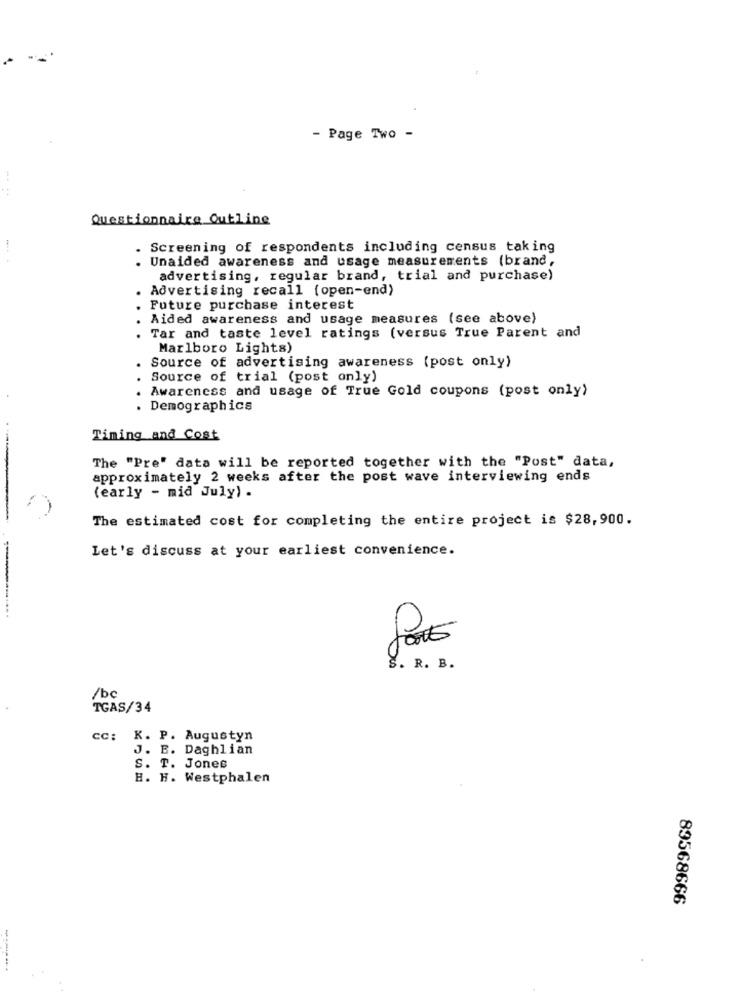
- Page Two -
Questionnaire Outline
Screening of respondents including census taking
. Unaided awareness and usage measurements (brand,
advertising, regular brand, trial and purchase)
Advertising recall (open-end)
Future purchase interest
Aided awareness and usage measures (see above)
Tar and taste level ratings (versus True Parent and
Marlboro Lights)
Source of advertising awareness (post only)
Source of trial (post only)
Awareness and usage of True Gold coupons (post only)
. Demographics
Timing and Cost
The "Pre" data will be reported together with the "Post" data,
approximately 2 weeks after the post wave interviewing ends
-
(early - mid July) .
The estimated cost for completing the entire project is $28,900.
Let's discuss at your earliest convenience.
S. R. B.
/bc
TGAS/34
cc: K. P. Augustyn
J. B. Daghlian
S. T. Jones
H. H. Westphalen
89568666